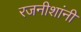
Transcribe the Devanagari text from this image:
रजनीशांनी